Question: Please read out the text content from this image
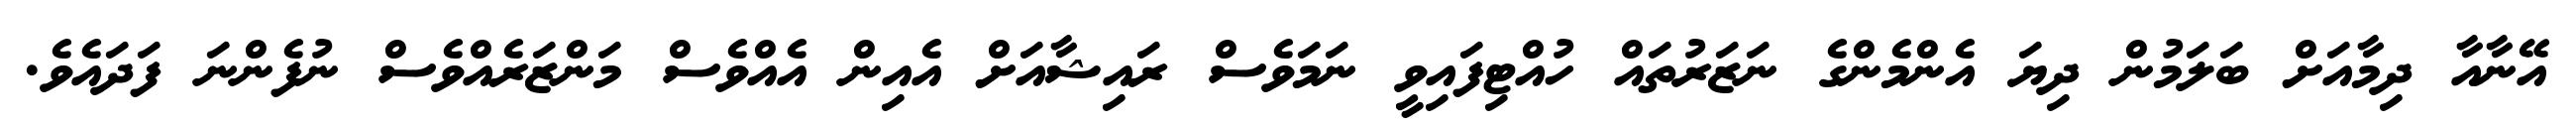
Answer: އޭނާއާ ދިމާއަށް ބަލަމުން ދިޔަ އެންމެންގެ ނަޒަރުތައް ހުއްޓިފައިވީ ނަމަވެސް ރައިޝާއަށް އެއިން އެއްވެސް މަންޒަރެއްވެސް ނުފެންނަ ފަދައެވެ.